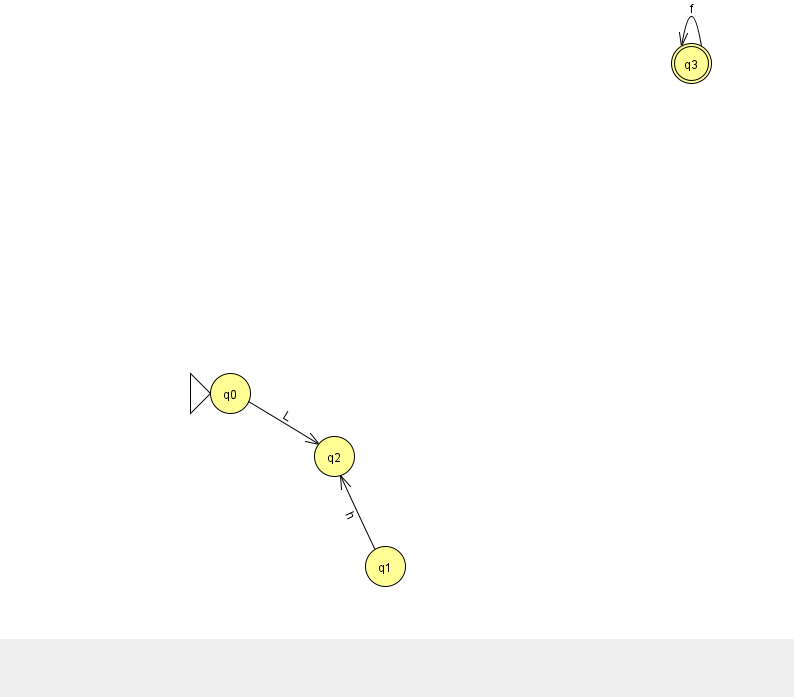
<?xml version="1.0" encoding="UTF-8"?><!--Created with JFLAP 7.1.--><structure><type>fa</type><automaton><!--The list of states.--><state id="0" name="q0"><x>230.0</x><y>380.0</y><initial/></state><state id="1" name="q1"><x>385.0</x><y>553.0</y></state><state id="2" name="q2"><x>334.0</x><y>443.0</y></state><state id="3" name="q3"><x>691.0</x><y>50.0</y><final/></state><!--The list of transitions.--><transition><from>3</from><to>3</to><read>f</read></transition><transition><from>0</from><to>2</to><read>L</read></transition><transition><from>1</from><to>2</to><read>h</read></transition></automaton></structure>